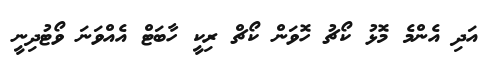
އަދި އެންމެ މޮޅު ކޯޗު ހޮވަން ކޯޗް ރިކީ ހާބަޓް އެއްވަނަ ވޯޓުދިނީ